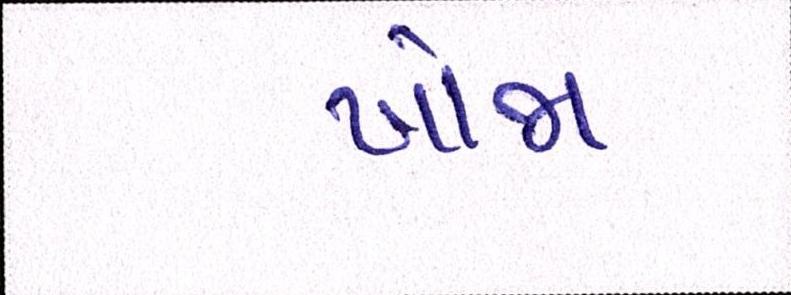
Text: ખોજા